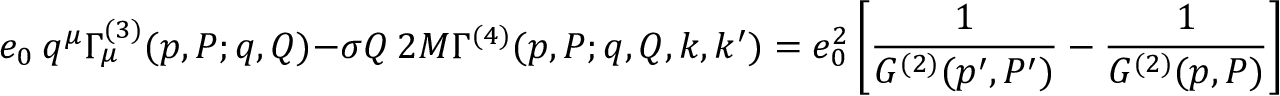
e _ { 0 } \ q ^ { \mu } \Gamma _ { \mu } ^ { ( 3 ) } ( p , P ; q , Q ) - \sigma Q \ 2 M \Gamma ^ { ( 4 ) } ( p , P ; q , Q , k , k ^ { \prime } ) = e _ { 0 } ^ { 2 } \left[ \frac { 1 } { G ^ { ( 2 ) } ( p ^ { \prime } , P ^ { \prime } ) } - \frac { 1 } { G ^ { ( 2 ) } ( p , P ) } \right] \ .